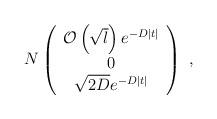
LaTeX: \begin{align*}N \left( \begin{array}{c} {\cal{O}}\left(\sqrt{l}\right)e^{-D|t|} \\ 0\\ \sqrt{2D} e^{-D|t|} \end{array} \right)~,\end{align*}